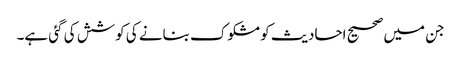
جن میں صحیح احادیث کو مشکوک بنانے کی کوشش کی گئی ہے۔